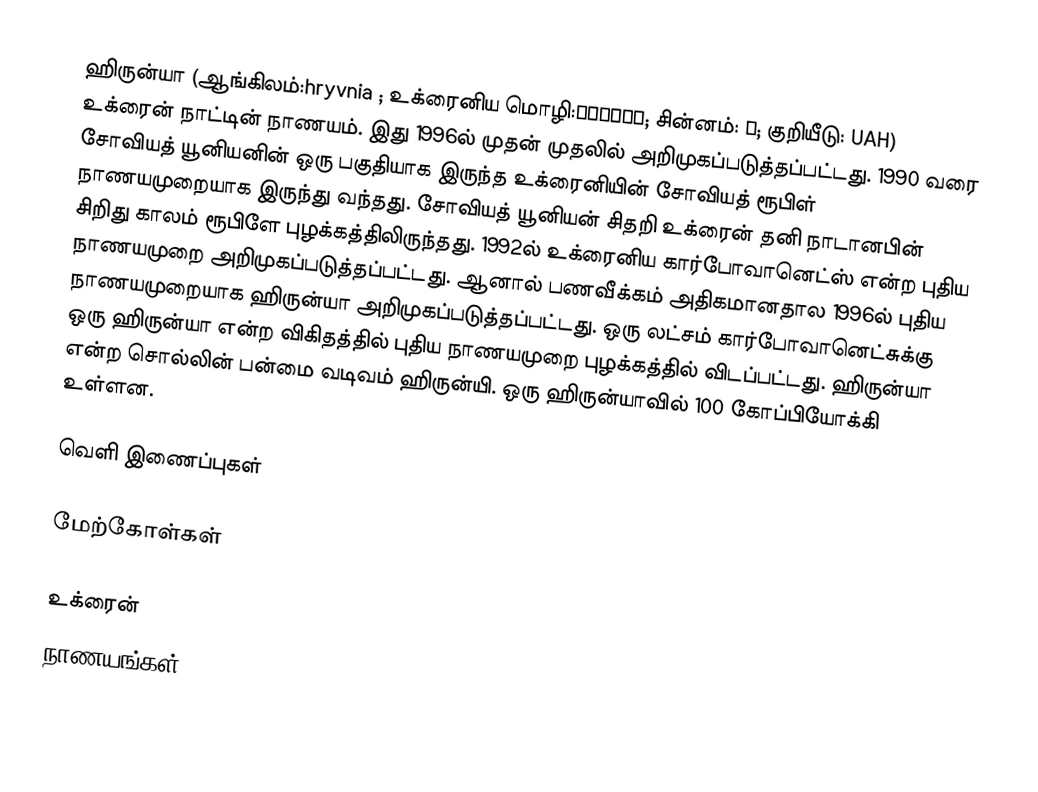
ஹிருன்யா (ஆங்கிலம்:hryvnia ; உக்ரைனிய மொழி:гривня; சின்னம்: ₴; குறியீடு: UAH) உக்ரைன் நாட்டின் நாணயம். இது 1996ல் முதன் முதலில் அறிமுகப்படுத்தப்பட்டது. 1990 வரை சோவியத் யூனியனின் ஒரு பகுதியாக இருந்த உக்ரைனியின் சோவியத் ரூபிள் நாணயமுறையாக இருந்து வந்தது. சோவியத் யூனியன் சிதறி உக்ரைன் தனி நாடானபின் சிறிது காலம் ரூபிளே புழக்கத்திலிருந்தது. 1992ல் உக்ரைனிய கார்போவானெட்ஸ் என்ற புதிய நாணயமுறை அறிமுகப்படுத்தப்பட்டது. ஆனால் பணவீக்கம் அதிகமானதால 1996ல் புதிய நாணயமுறையாக ஹிருன்யா அறிமுகப்படுத்தப்பட்டது. ஒரு லட்சம் கார்போவானெட்சுக்கு ஒரு ஹிருன்யா என்ற விகிதத்தில் புதிய நாணயமுறை புழக்கத்தில் விடப்பட்டது. ஹிருன்யா என்ற சொல்லின் பன்மை வடிவம் ஹிருன்யி. ஒரு ஹிருன்யாவில் 100 கோப்பியோக்கி உள்ளன.

வெளி இணைப்புகள்

மேற்கோள்கள்

உக்ரைன்
நாணயங்கள்